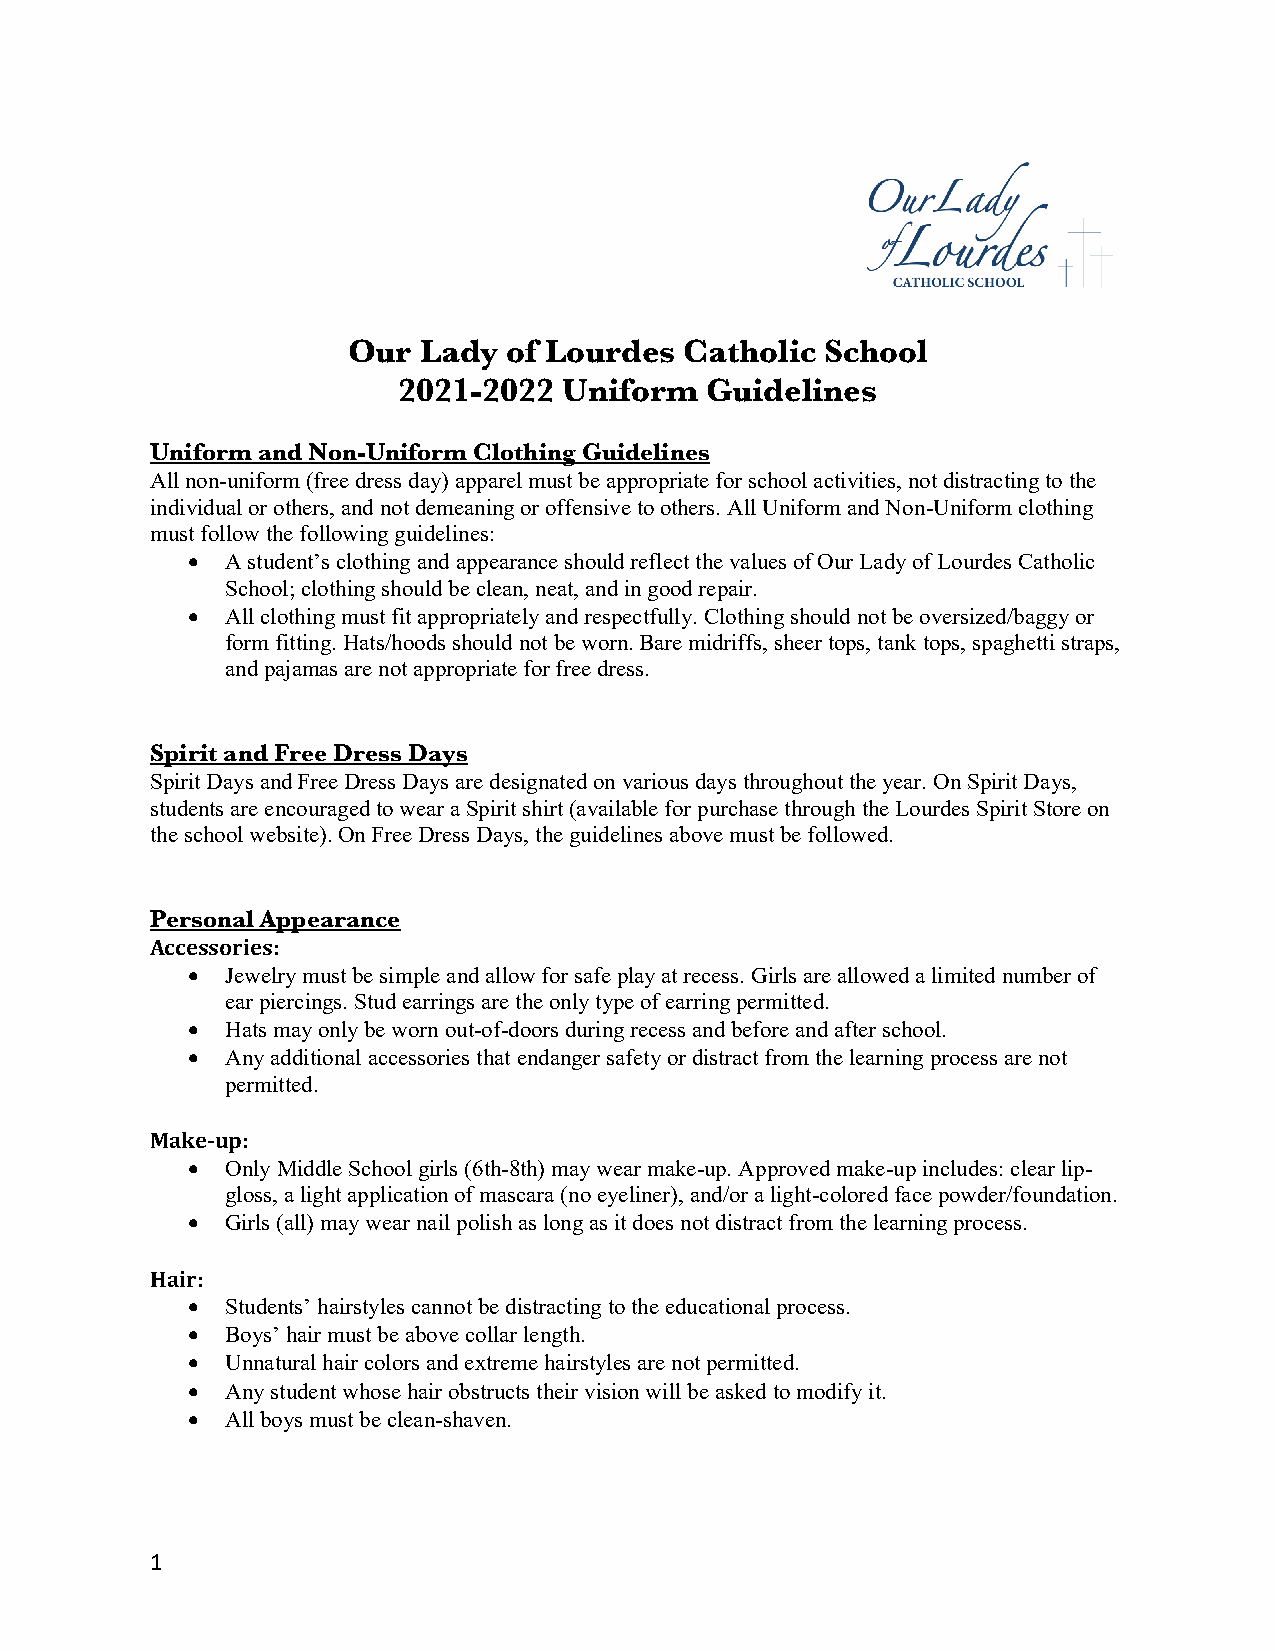
Our  Lady  of Lourdes Catholic  School
 2021-2022  Uniform   Guidelines
 Uniform and Non-Uniform Clothing Guidelines
 All non-uniform (free dress day) apparel must be appropriate for school activities, not distracting to the
 individual or others, and not demeaning or offensive to others. All Uniform and Non-Uniform clothing
 must follow the following guidelines:
 •  A student’s clothing and appearance should reflect the values of Our Lady of Lourdes Catholic
 School; clothing should be clean, neat, and in good repair.
 •  All clothing must fit appropriately and respectfully. Clothing should not be oversized/baggy or
 form fitting. Hats/hoods should not be worn. Bare midriffs, sheer tops, tank tops, spaghetti straps,
 and pajamas are not appropriate for free dress.
 Spirit and Free Dress Days
 Spirit Days and Free Dress Days are designated on various days throughout the year. On Spirit Days,
 students are encouraged to wear a Spirit shirt (available for purchase through the Lourdes Spirit Store on
 the school website). On Free Dress Days, the guidelines above must be followed.
 Personal Appearance
 Accessories:
 •  Jewelry must be simple and allow for safe play at recess. Girls are allowed a limited number of
 ear piercings. Stud earrings are the only type of earring permitted.
 •  Hats may only be worn out-of-doors during recess and before and after school.
 •  Any additional accessories that endanger safety or distract from the learning process are not
 permitted.
 Make-up:
 •  Only Middle School girls (6th-8th) may wear make-up. Approved make-up includes: clear lip-
 gloss, a light application of mascara (no eyeliner), and/or a light-colored face powder/foundation.
 •  Girls (all) may wear nail polish as long as it does not distract from the learning process.
 Hair:
 •  Students’ hairstyles cannot be distracting to the educational process.
 •  Boys’ hair must be above collar length.
 •  Unnatural hair colors and extreme hairstyles are not permitted.
 •  Any student whose hair obstructs their vision will be asked to modify it.
 •  All boys must be clean-shaven.
 1